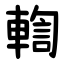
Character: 輷